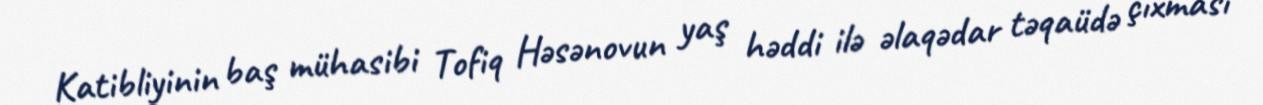
Katibliyinin baş mühasibi Tofiq Həsənovun yaş həddi ilə əlaqədar təqaüdə çıxması